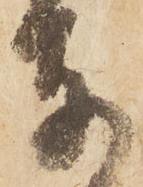
東